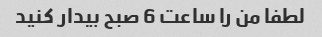
لطفا من را ساعت 6 صبح بیدار کنید